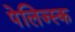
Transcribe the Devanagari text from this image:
पेलिज्स्क